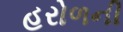
હરોળની